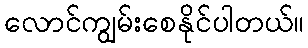
လောင်ကျွမ်းစေနိုင်ပါတယ်။